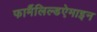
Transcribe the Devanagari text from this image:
फार्मैलिल्डऐमाइन